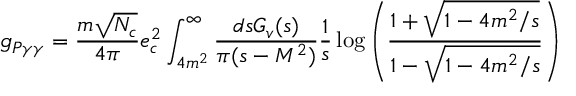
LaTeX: g _ { P \gamma \gamma } = \frac { m \sqrt { N _ { c } } } { 4 \pi } e _ { c } ^ { 2 } \int _ { 4 m ^ { 2 } } ^ { \infty } \frac { d s G _ { v } ( s ) } { \pi ( s - M ^ { 2 } ) } \frac 1 s \log \left( { \frac { 1 + \sqrt { 1 - 4 m ^ { 2 } / s } } { 1 - \sqrt { 1 - 4 m ^ { 2 } / s } } } \right)